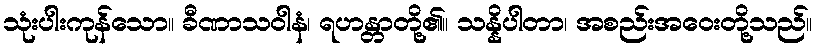
သုံးပါးကုန်သော။ ခီဏာသဝါနံ၊ ရဟန္တာတို့၏။ သန္နိပါတာ၊ အစည်းအဝေးတို့သည်။